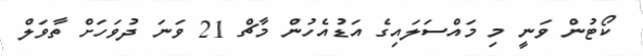
ކޯޓުން ވަނީ މި މައްސަލައިގެ އަޑުއެހުން މާޗް 21 ވަނަ ދުވަހަށް ތާވަލް